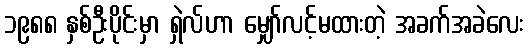
၁၉၈၈ နှစ်ဦးပိုင်းမှာ ရှဲလ်ဟာ မျှော်လင့်မထားတဲ့ အခက်အခဲလေး